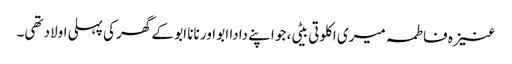
عنیزہ فاطمہ میری اکلوتی بیٹی، جو اپنے دادا ابو اور نانا ابو کے گھر کی پہلی اولاد تھی۔